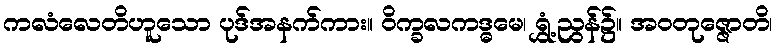
ကလံလေတိဟူသော ပုဒ်အနက်ကား။ ဝိက္ခလကဒ္ဓမေ၊ ရွှံ့ညွန်၌။ အဝတုဇ္ဇောတိ၊